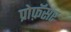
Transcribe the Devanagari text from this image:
प्रोफ़ॅसर